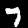
Digit: 7